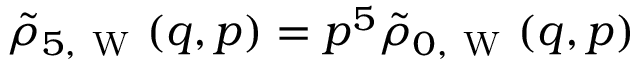
\tilde { \rho } _ { 5 , \mathrm { ~ W ~ } } ( q , p ) = p ^ { 5 } \tilde { \rho } _ { 0 , \mathrm { ~ W ~ } } ( q , p )